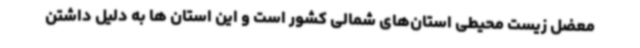
معضل زیست محیطی استان‌های شمالی کشور است و این استان ها به دلیل داشتن